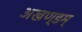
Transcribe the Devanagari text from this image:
अखण्डम्